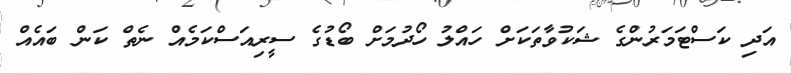
އަދި ކަސްޓަމަރުންގެ ޝަކުވާތަކަށް ހައްލު ހޯދުމަށް ބޯޑުގެ ސީރިއަސްކަމެއް ނެތް ކަން ބައެއް